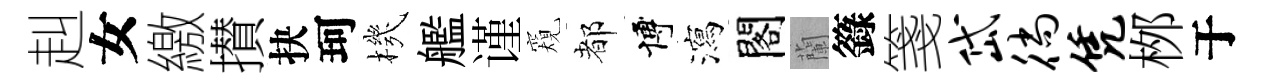
赳女繳攅抉珂機艦谨窺都博瀉閣蘭籙箋岱徜凭桞于